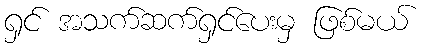
ရှင် အသက်ဆက်ရှင်ပေးမှ ဖြစ်မယ်